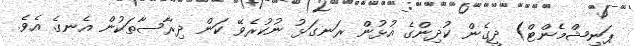
ޕަނިޝްމެންޓް) ދީގެން ކުދިންގެ އުޅުން ރަނގަޅު ނުކުރެވޭ ކަން ދިރާސާތަކުން އެނގެ އެވެ.